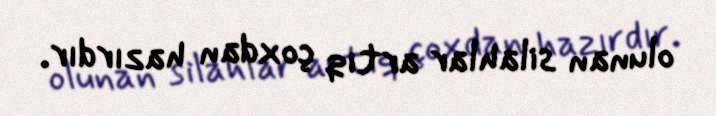
olunan silahlar artıq çoxdan hazırdır.